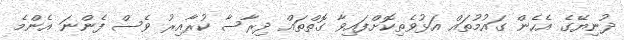
ދުނިޔޭގެ އެހެން ގައުމުތައް އަޅުވެތިކޮށްފައިވާ ގޮތްތައް ދިރާސާ ކުރާއިރު ވެސް ފެންނަ އެންމެ